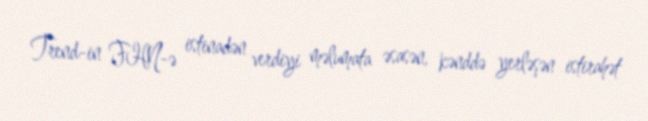
Trend-in FHN-ə istinadən verdiyi məlumata əsasən, kənddə yerləşən istirahət